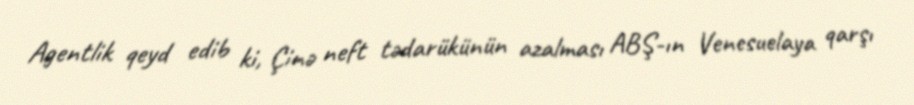
Agentlik qeyd edib ki, Çinə neft tədarükünün azalması ABŞ-ın Venesuelaya qarşı